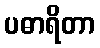
ပဓာရိတာ